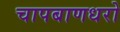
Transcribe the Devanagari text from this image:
चापबाणधरो